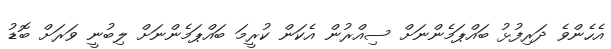
އެހެންވެ ދަރިފުޅު ބައްޕަމެންނަށް ސިއްރުން އެކަން ކުރީމަ ބައްޕަމެންނަށް ލިބުނީ ވަރަށް ބޮޑު